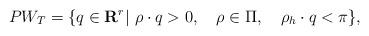
LaTeX: \begin{align*}PW_T=\{q\in{\bf R}^r|\ \rho\cdot q>0,\quad \rho\in\Pi, \quad \rho_h\cdot q<\pi\}, \end{align*}